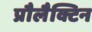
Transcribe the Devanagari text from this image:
प्रौलैक्टिन